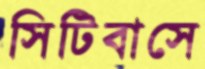
সিটিবাসে